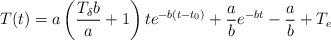
LaTeX: \begin{align*}T(t)=a\left(\frac{T_{\delta}b}{a} + 1\right)te^{-b(t-t_0)} + \frac{a}{b}e^{-bt} - \frac{a}{b} + T_e\end{align*}